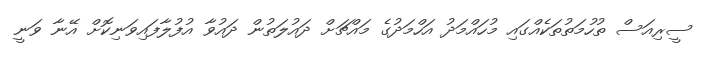
ސީރިއަސް ތުހުމަތުތަކެއްގައި މުހައްމަދު އަހްމަދުގެ މައްޗަށް ދައުލަތުން ދައުވާ އުފުލާފައިވަނިކޮށް އޭނާ ވަނީ